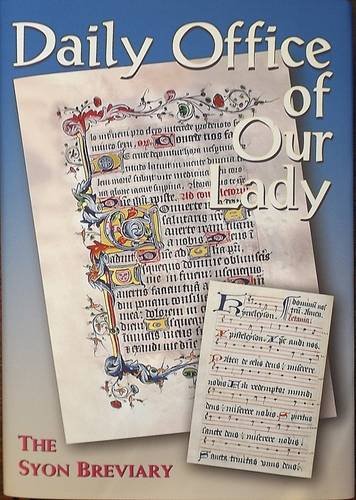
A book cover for Daily Office of Our Lady: The Syon Breviary; Sister Anne Smyth; Religion & Spirituality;